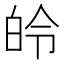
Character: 皊